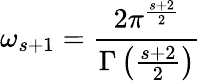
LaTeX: \omega_{s+1}={\frac{2\pi^{\frac{s+2}{2}}}{\Gamma\left({\frac{s+2}{2}}\right)}}